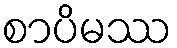
စာပိမဿ